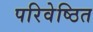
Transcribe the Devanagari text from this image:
परिवेष्ठित